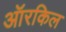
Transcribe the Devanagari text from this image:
ऑरकिल